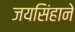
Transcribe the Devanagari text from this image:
जयसिंहाने